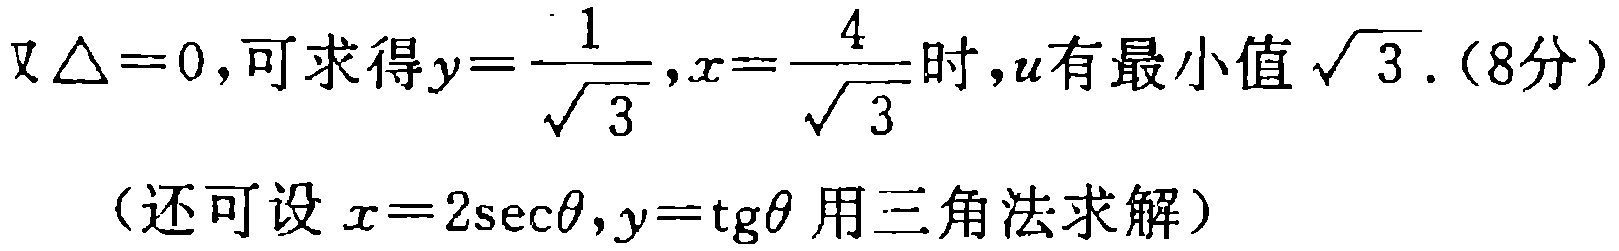
又\(\Delta = 0\)，可求得\(y = \frac{1}{\sqrt{3}},x = \frac{4}{\sqrt{3}}\)时，\(u\)有最小值\(\sqrt{3}\).（8分）

（还可设\(x = 2\sec\theta,y = \mathrm{tg}\theta\)用三角法求解）